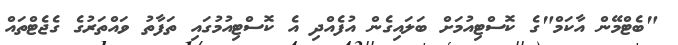
"ބެޓްމޭން އާކަމް"ގެ ކޮސްޓިއުމަށް ބަލައިގެން އުފެއްދި އެ ކޮސްޓިއުމުގައި ތަފާތު ވައްތަރުގެ ގެޖެޓްތައް